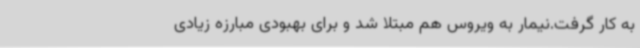
به کار گرفت.نیمار به ویروس هم مبتلا شد و برای بهبودی مبارزه زیادی